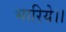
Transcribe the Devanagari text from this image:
भारिये।।